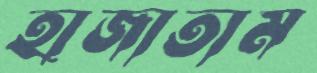
হাজাতাম